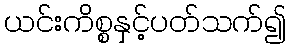
ယင်းကိစ္စနှင့်ပတ်သက်၍